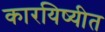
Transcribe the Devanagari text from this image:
कारयिष्यीत